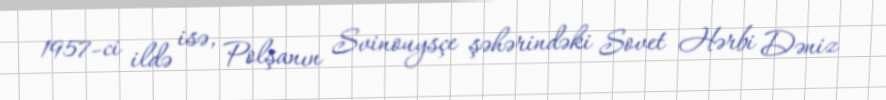
1957-ci ildə isə, Polşanın Svinouysçe şəhərindəki Sovet Hərbi Dəniz